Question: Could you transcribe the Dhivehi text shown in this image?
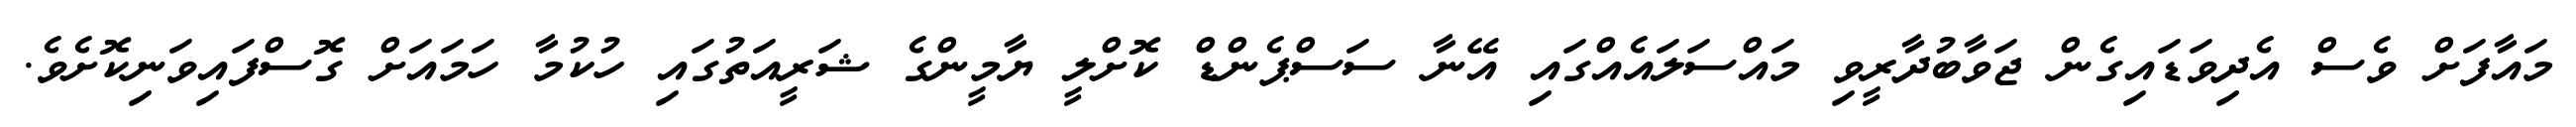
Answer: މައާފަށް ވެސް އެދިވަޑައިގެން ޖަވާބުދާރީވި މައްސަލައެއްގައި އޭނާ ސަސްޕެންޑް ކޮށްލީ ޔާމީންގެ ޝަރީއަތުގައި ހުކުމާ ހަމައަށް ގޮސްފައިވަނިކޮށެވެ.